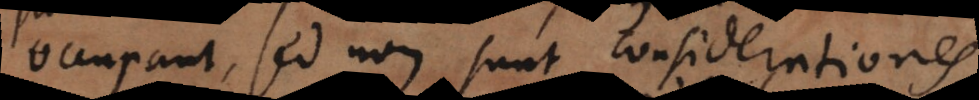
occupant, sed non sunt considerationes.